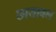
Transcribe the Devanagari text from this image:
छायाबल